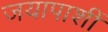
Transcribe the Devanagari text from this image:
जयापाशीं